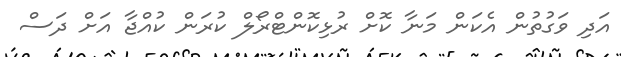
އަދި ވަގުތުން އެކަން މަނާ ކޮށް ރުޅިކޮންޓްރޯލް ކުރަން ކުއްޖާ އަށް ދަސް